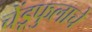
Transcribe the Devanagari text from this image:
चेंडूफुलाचे